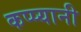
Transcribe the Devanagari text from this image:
कप्प्यानी